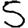
Digit: 5